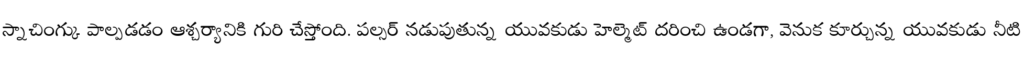
స్నాచింగ్కు పాల్పడడం ఆశ్చర్యానికి గురి చేస్తోంది. పల్సర్ నడుపుతున్న యువకుడు హెల్మెట్ దరించి ఉండగా, వెనుక కూర్చున్న యువకుడు నీటి